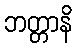
ဘတ္တာနိ